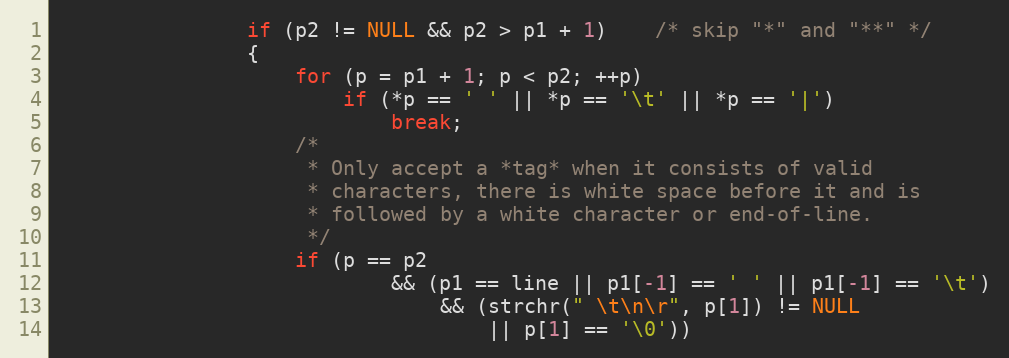
Language: C
				if (p2 != NULL && p2 > p1 + 1)	/* skip "*" and "**" */
				{
					for (p = p1 + 1; p < p2; ++p)
						if (*p == ' ' || *p == '\t' || *p == '|')
							break;
					/*
					 * Only accept a *tag* when it consists of valid
					 * characters, there is white space before it and is
					 * followed by a white character or end-of-line.
					 */
					if (p == p2
							&& (p1 == line || p1[-1] == ' ' || p1[-1] == '\t')
								&& (strchr(" \t\n\r", p[1]) != NULL
									|| p[1] == '\0'))